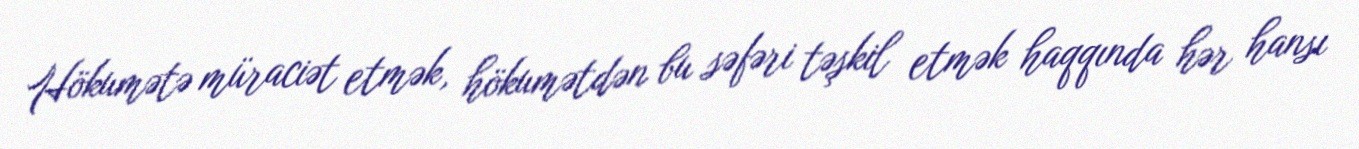
Hökumətə müraciət etmək, hökumətdən bu səfəri təşkil etmək haqqında hər hansı